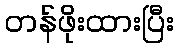
တန်ဖိုးထားပြီး